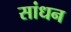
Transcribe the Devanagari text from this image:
सांधन